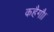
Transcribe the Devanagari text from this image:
कहैगौ।